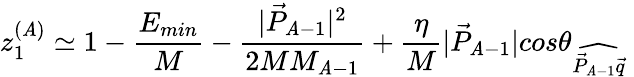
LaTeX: z_{1}^{(\mathit{A})}\simeq1-{\frac{{E_{min}}}{{M}}}-{\frac{{|\vec{{P}}_{\mathit{A}-1}|^{2}}}{{2MM_{\mathit{A}-1}}}}+\frac{{\eta}}{{M}}|\vec{{P}}_{\mathit{A}-1}|cos\theta_{\widehat{{\vec{{P}}_{\mathit{A}-1}\vec{{q}}}}}~